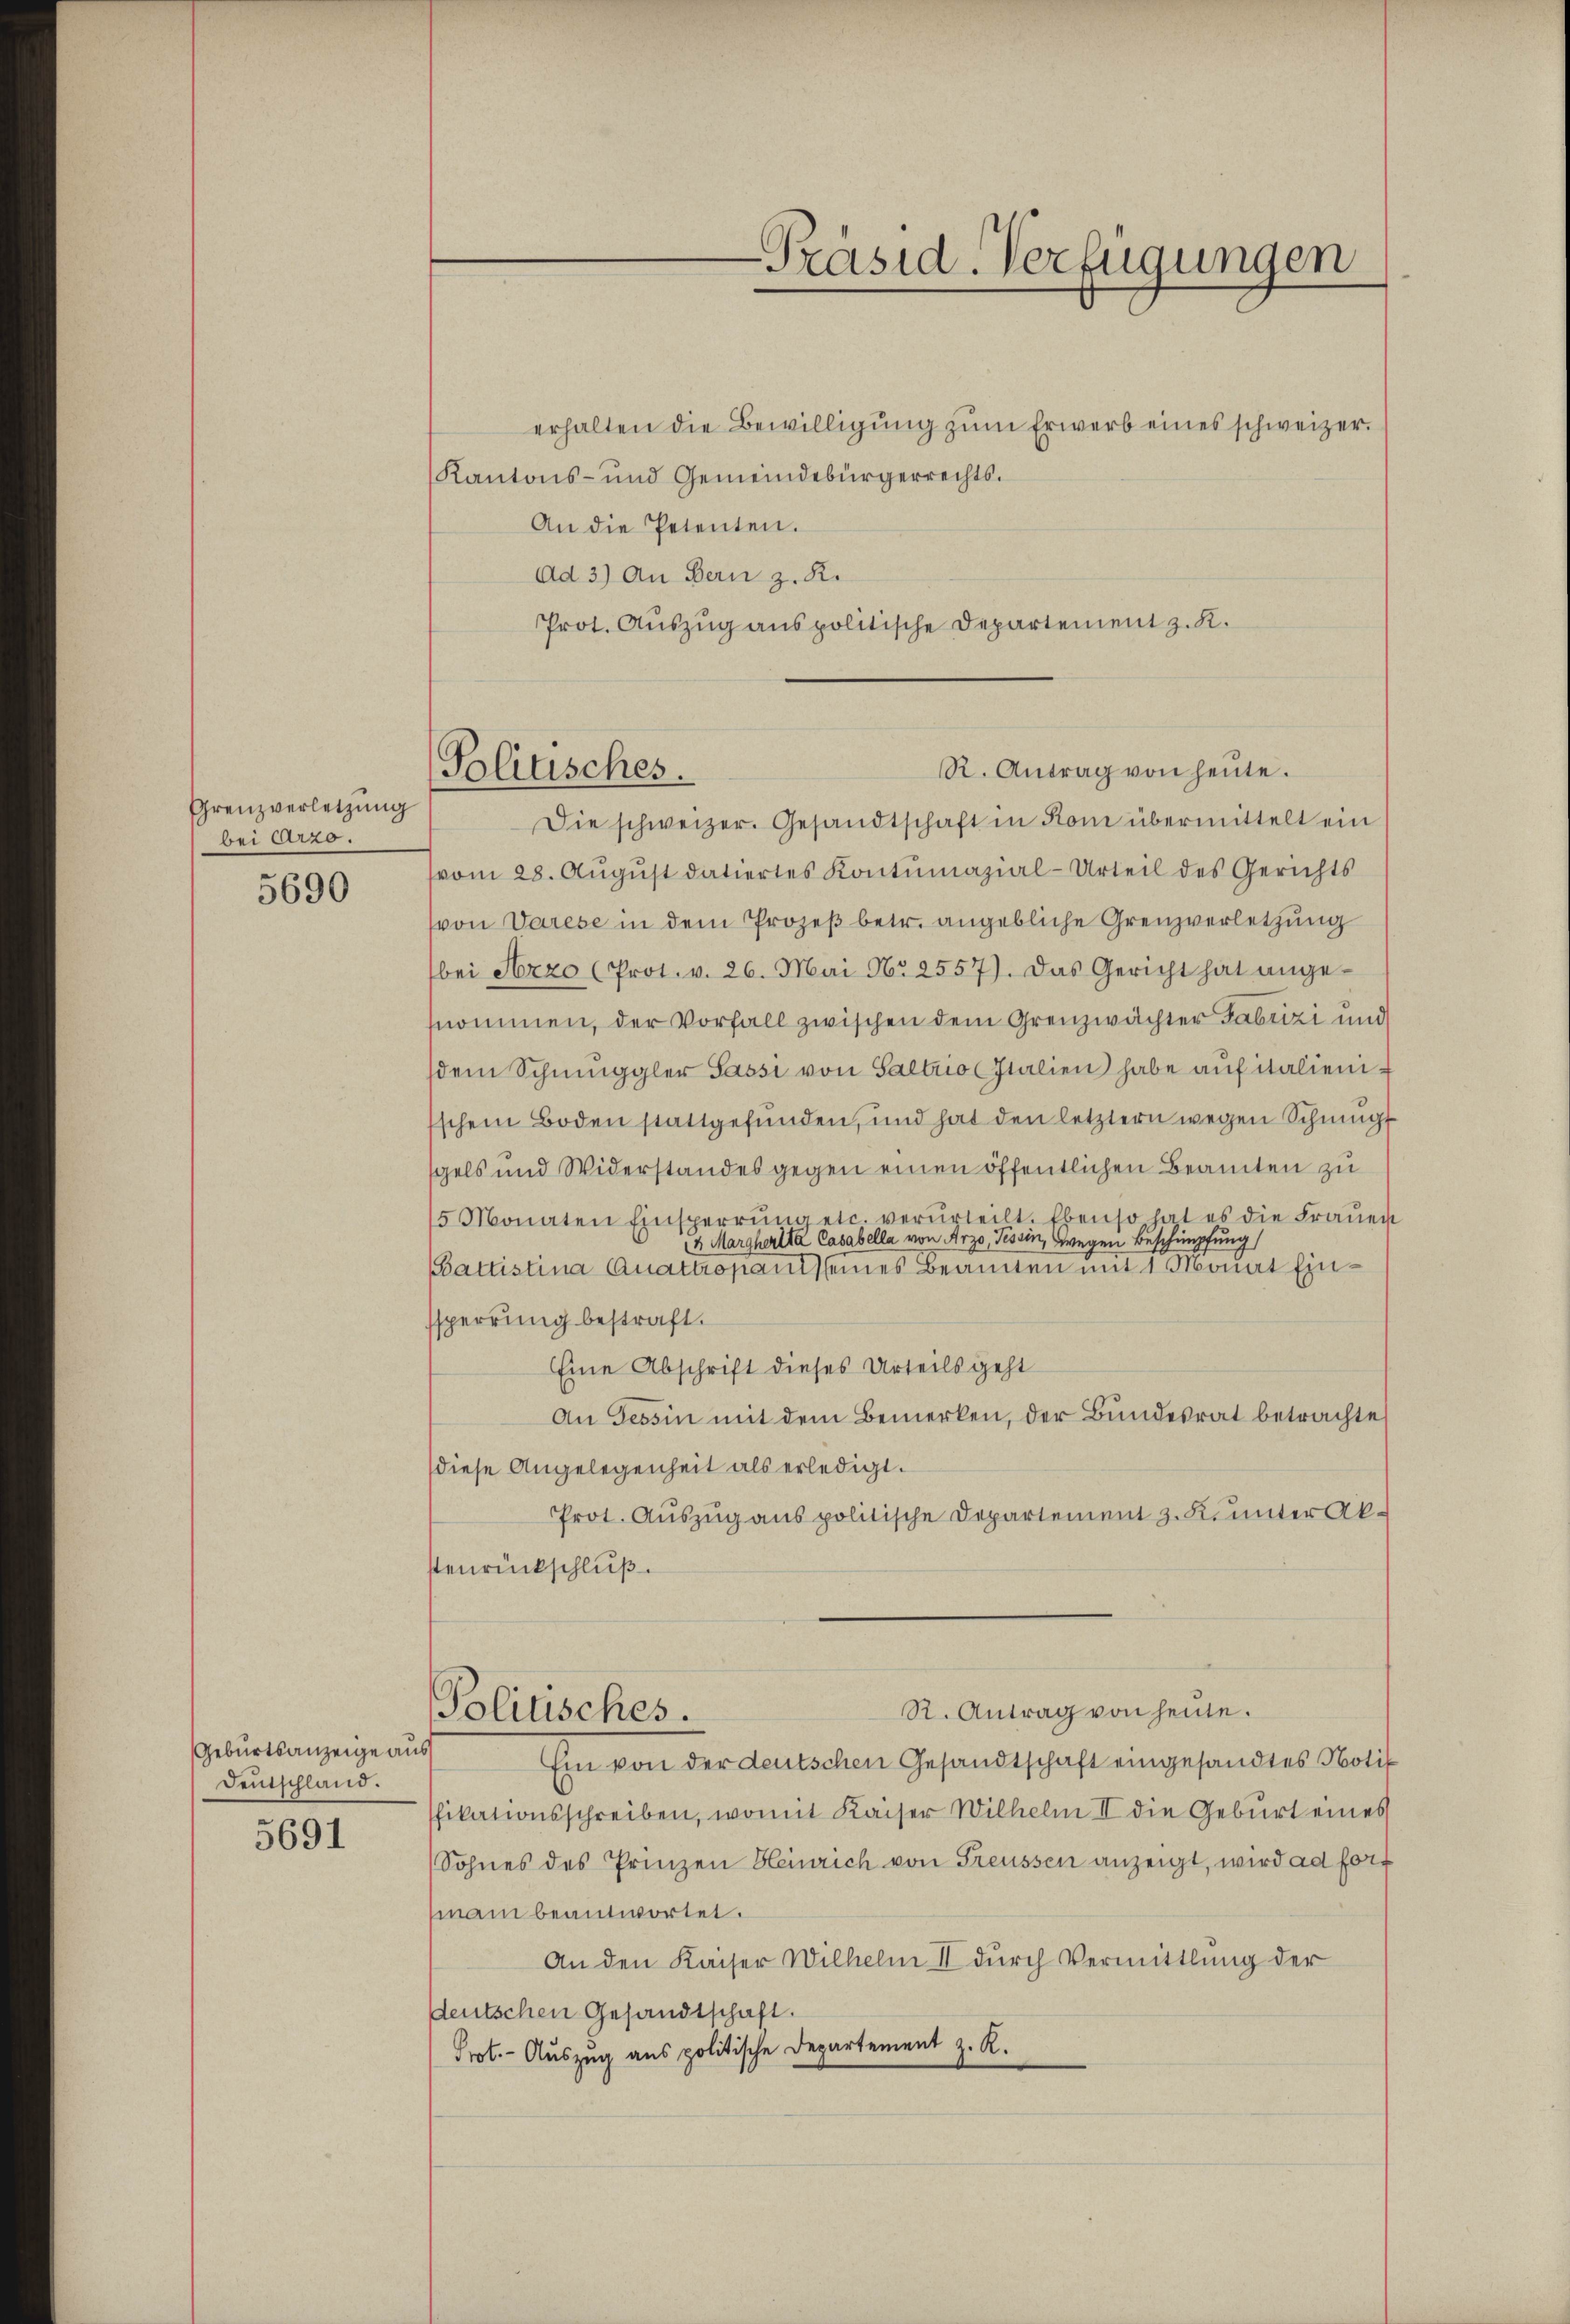
Grenzverletzung
bei Arzo.

5690

Geburtsanzeige aus
Deutschland.
5691

erhalten die Bewilligŭng zŭm Erwerb eines schweizer.
Kantons- und Gemeindebürgerrechts¬
An die Petenten.
Ad 3) An Bern z. R.
Prot. Auszug aus politische Departement z. K.

Präsid. Verfügungen

R. Antrag von heŭte.
Politisches.

Die schweizer. Gesandtschaft in Rom übermittelt ein
vom 28. August datiertes Kontumazial-Urteil des Gerichts
(von Varese in dem Prozeß betr. angebliche Grenzverletzung
bei Serzo (Prot. v. 26. Mai No 2557). Das Gericht hat angenommen, der Vorfall zwischen dem Grenzwächter Fabrizi und
dem Schmuggler Passi von Saltrio Italien habe auf italienisschem Boden stattgefunden, und hat den letztern wegen Schnung
gels und Widerstandes gegen einen öffentlichen Beamten zu
5 Monaten Einsperrŭng etc. verurteilt. Ebenso hat es die Fraŭen
14. Margherlta Casabella von Arzo, Tessin, wegen Beschimpfung
Battistina Quattropants eines Brannten mit 1 Maut Einsperrung bestraft.
Eine Abschrift dieses Urteils geht
An Tessin mit dem Bemerken, der Bundesrat betrachte
diese Angelegenheit als erledigt.
Prot. Auszug aus politische Departement z. Kennter Ak-
stenrückschluß.

Politisches.

R. Antrag von heute.

Ein von der deutschen Gesandtschaft eingesandtes Notif
fikationsschreiben, womit Kaiser Wilhelm II die Geburt eines
Sohnes des Prinzen Bleinrich von Freussen anzeigt, wird ad fort
man beantwortet.
An den Kaiser Wilhelm II dŭrch Vermittlung der
deutschen Gesandtschaft.
Prot. - Auszug aus politische Departement z. K.